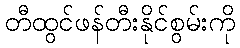
တီထွင်ဖန်တီးနိုင်စွမ်းကို